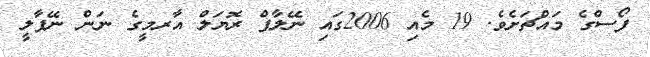
ފޯސްގެ މައްޗަށެވެ. 19 މެއި 2006ގައި ނޭލާޕް ރޮޔަލް އާރމީގެ ނަން ނޭޕާލީ